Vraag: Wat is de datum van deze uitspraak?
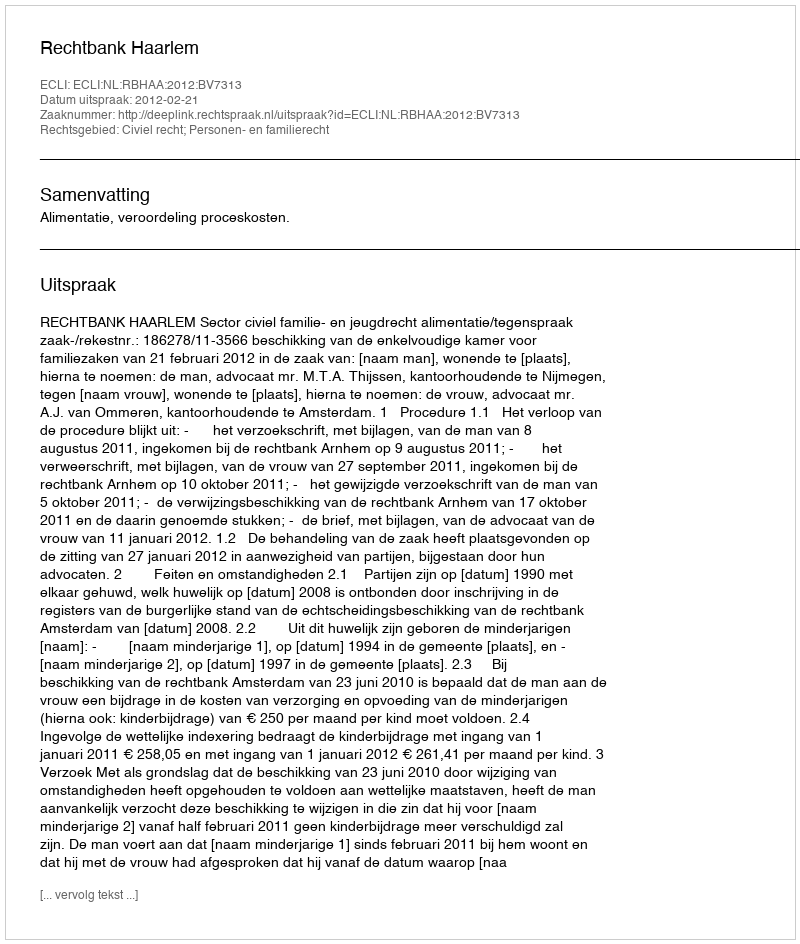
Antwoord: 2012-02-21